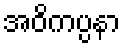
အဝိကပ္ပနာ